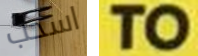
اسحب TO